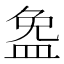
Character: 𪾐